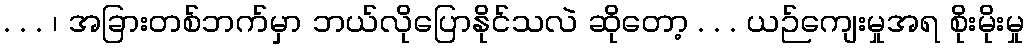
. . . ၊ အခြားတစ်ဘက်မှာ ဘယ်လိုပြောနိုင်သလဲ ဆိုတော့ . . . ယဉ်ကျေးမှုအရ စိုးမိုးမှု